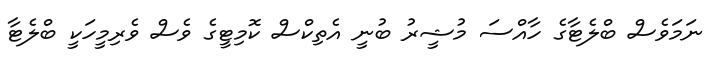
ނަމަވެސް ބްލެޓާގެ ހާއްސަ މުޝީރު ބުނީ އެތިކްސް ކޮމިޓީގެ ވެސް ވެރިމީހަކީ ބްލެޓާ